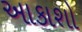
આકાશો